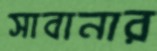
সাবানার